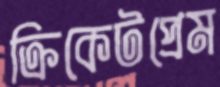
ক্রিকেটপ্রেম